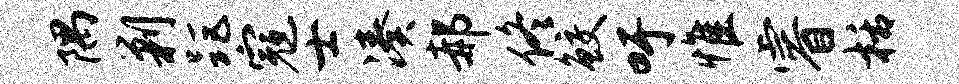
隅剿距寇士凑郝佟鲛吁惟睿栝